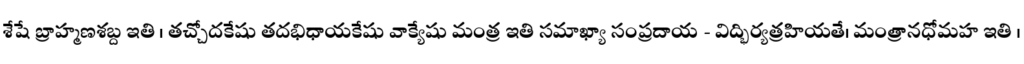
శేషే బ్రాహ్మణశబ్ద ఇతి । తచ్చోదకేషు తదభిధాయకేషు వాక్యేషు మంత్ర ఇతి సమాఖ్యా సంప్రదాయ - విద్భిర్యత్రహియతే। మంత్రానధోమహ ఇతి ।